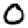
Digit: 0